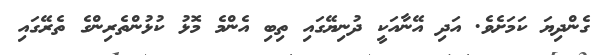
ގެންދިޔަ ކަމަށެވެ. އަދި އޭނާއަކީ ދުނިޔޭގައި ތިބި އެންމެ މޮޅު ކުޅުންތެރިންގެ ތެރޭގައި